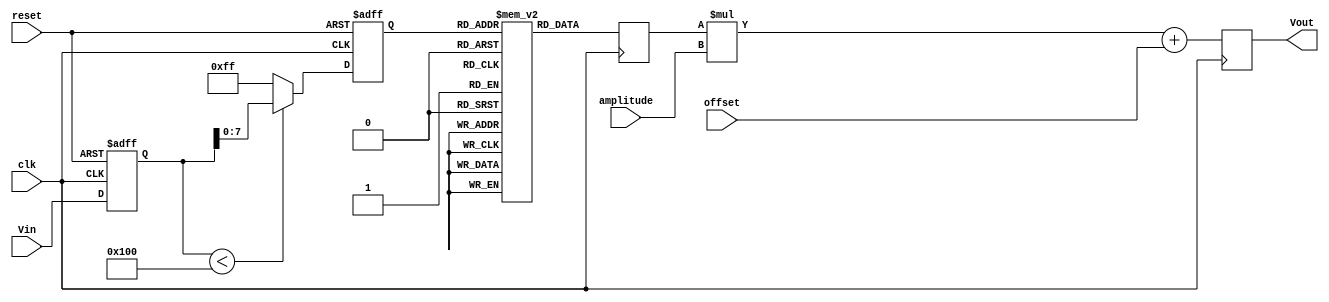
module LogarithmicWaveformGenerator (
    input wire clk,               // System clock
    input wire reset,             // Reset signal
    input wire [15:0] Vin,        // Input signal (16-bit digital representation)
    input wire [15:0] amplitude,   // Amplitude scaling factor
    input wire [15:0] offset,      // Offset for output signal
    output reg [15:0] Vout         // Output signal (16-bit digital representation)
);

// Parameters
parameter LOG_TABLE_SIZE = 256; // Size of the lookup table
reg [15:0] log_table [0:LOG_TABLE_SIZE-1]; // Lookup table for logarithmic values

// Sampling Block (simplified)
reg [15:0] sampled_signal;
always @(posedge clk or posedge reset) begin
    if (reset) begin
        sampled_signal <= 16'b0;
    end else begin
        sampled_signal <= Vin; // Sample the input signal
    end
end

// Logarithmic Calculation Block using Lookup Table
reg [7:0] log_index;
always @(posedge clk or posedge reset) begin
    if (reset) begin
        log_index <= 8'b0;
    end else begin
        if (sampled_signal < LOG_TABLE_SIZE) begin
            log_index <= sampled_signal[7:0]; // Use lower 8 bits for indexing
        end else begin
            log_index <= LOG_TABLE_SIZE - 1; // Clamp to max index
        end
    end
end

// Generate logarithmic output from lookup table
reg [15:0] log_output;
always @(posedge clk) begin
    log_output <= log_table[log_index]; // Get logarithmic value from table
end

// Scaling and Offset Block
always @(posedge clk) begin
    Vout <= (log_output * amplitude) + offset; // Scale and offset the output
end

// Output Generation Block (Assuming Vout is already digital)
endmodule